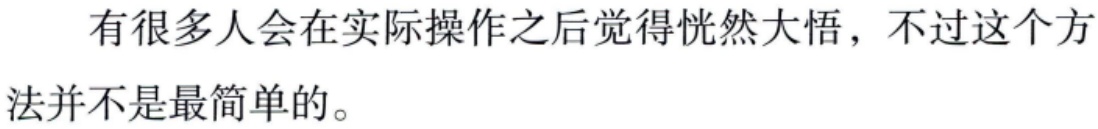
有很多人会在实际操作之后觉得恍然大悟，不过这个方法并不是最简单的。